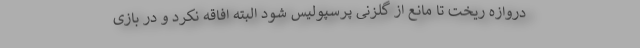
دروازه ریخت تا مانع از گلزنی پرسپولیس شود البته افاقه نکرد و در بازی